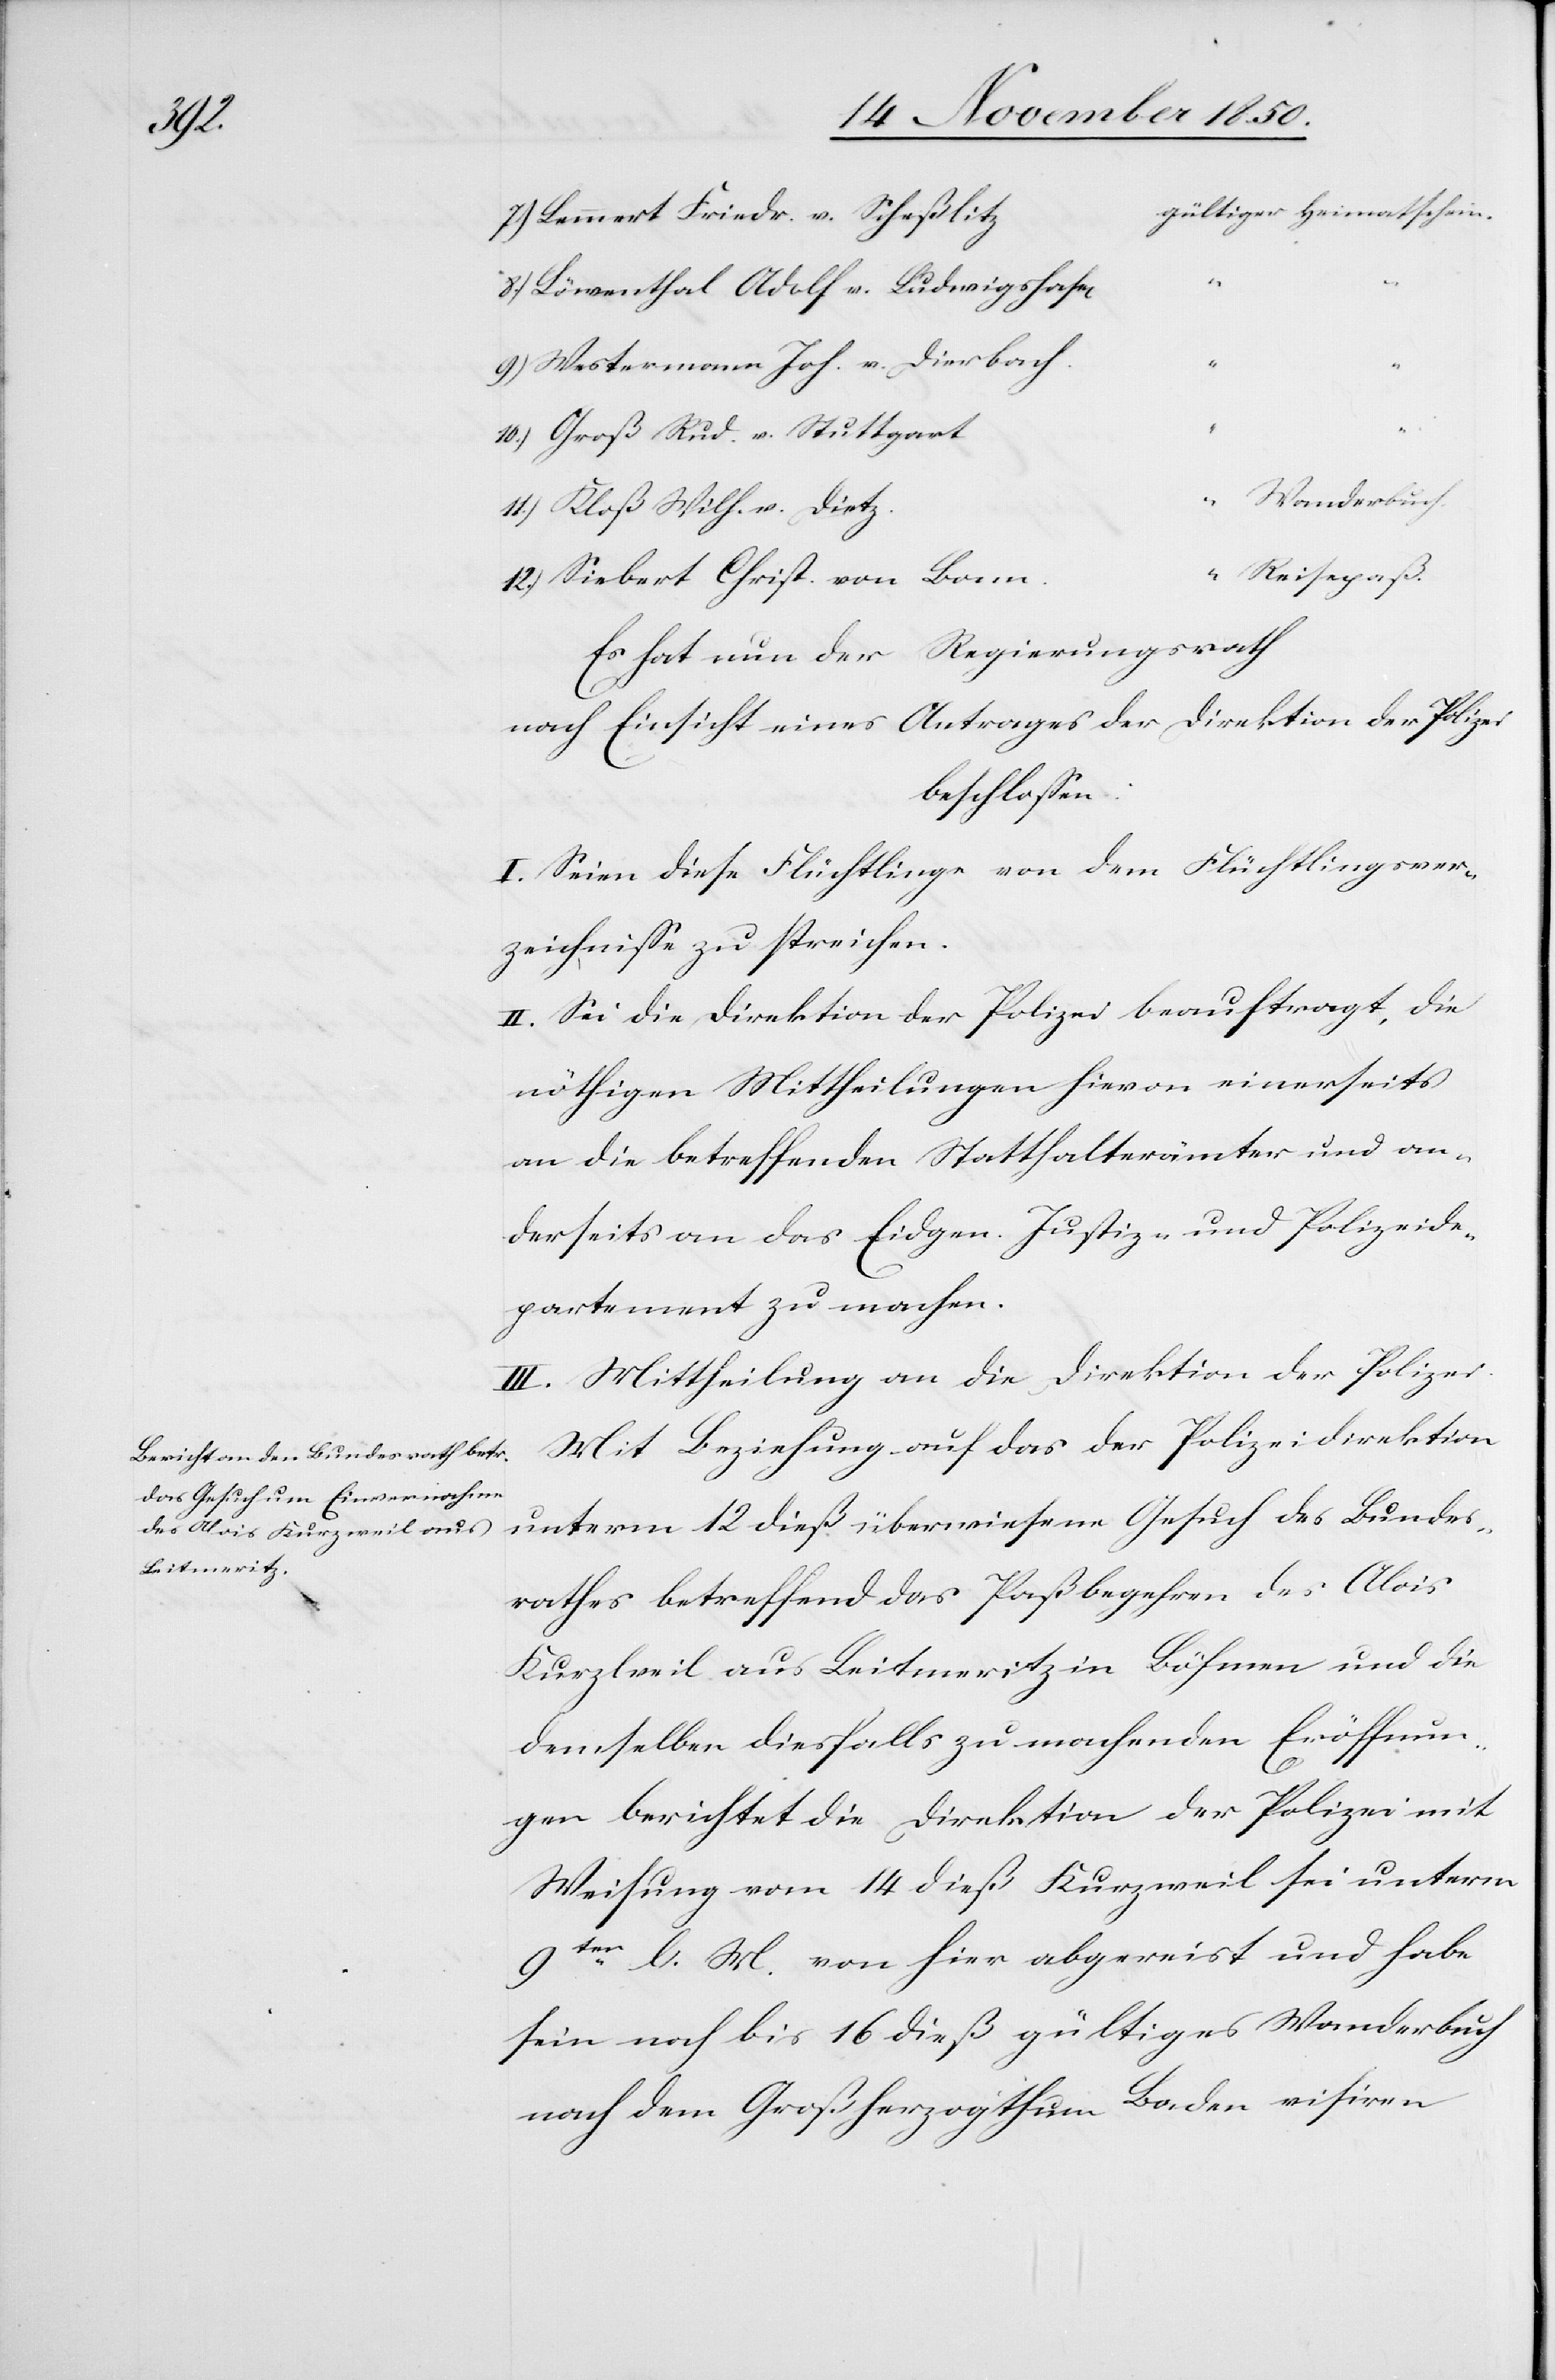
Mit

z	gültiger Heimatschein.
7.) Lennert Friedr. v. Scheßlit¬
8.) Löwenthal Adolf v. Ludwigshafen
“
9.) Westermann Joh. v. Dierbach
10.) Groß Rud. v. Stuttgart
“ Wanderbuch
11.) Kloß Wilh. v. Dietz
“ Reisepaß.
12.) Siebert Christ. von Bonn
Es hat nun der Regierungsrath
nach Einsicht eines Antrages der Direktion der Polizei
beschlossen:
I. Seien diese Flüchtlinge von dem Flüchtlingsver¬
zeichnisse zu streichen.
II. Sei die Direktion der Polizei beauftragt, die
nöthigen Mittheilungen hievon einerseits
an die betreffenden Statthalterämter und an¬
derseits an das Eidgen. Justiz- und Polizeide¬
partement zu machen.
III. Mittheilung an die Direktion der Polizei.
das Gesuch des Bundes¬
rathes betreffend das Paßbegehren des Alois
Kurzweil aus Leitmeritz in Böhmen und die
demselben diesfalls zu machenden Eröffnun¬
gen berichtet die Direktion der Polizei mit
Weisung vom 14 dieß Kurzweil sei unterm
auf
9ten l. M. von hier abgereist und habe
sein noch bis 16 dieß gültiges Wanderbuch
nach dem Großherzogthum Baden visiren